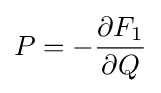
P=-{\frac {\partial F_{1}}{\partial Q}}\,\!